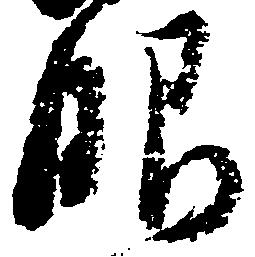
眼